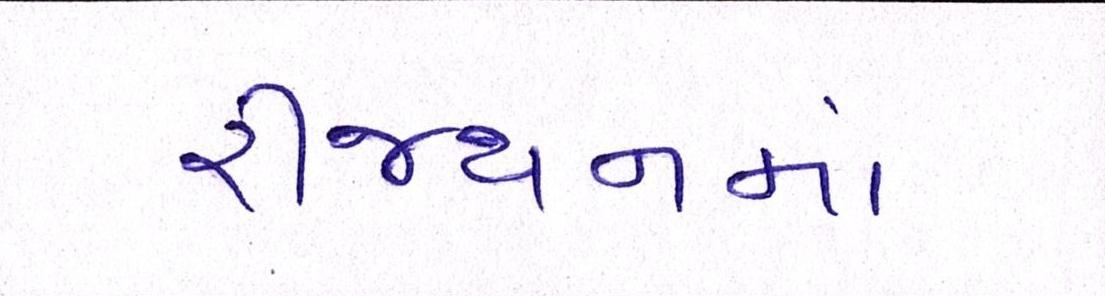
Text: રીજયનમાં